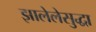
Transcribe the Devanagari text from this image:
झालेलेसुद्धा